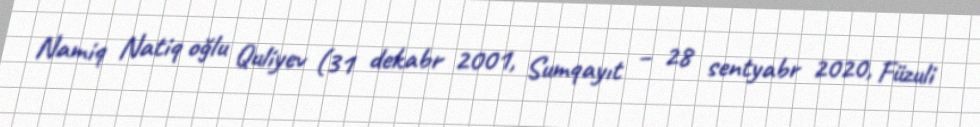
Namiq Natiq oğlu Quliyev (31 dekabr 2001, Sumqayıt – 28 sentyabr 2020, Füzuli